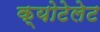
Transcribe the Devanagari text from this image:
क्योटेलेट